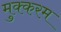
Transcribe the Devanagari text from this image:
मुक्करम